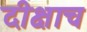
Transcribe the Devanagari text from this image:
दीक्षाच